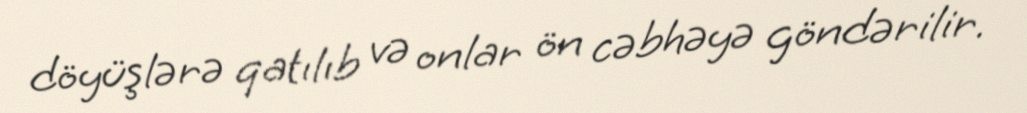
döyüşlərə qatılıb və onlar ön cəbhəyə göndərilir.